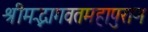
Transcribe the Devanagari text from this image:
श्रीमद्भागवतमहापुराण